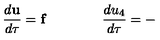
\frac { d \mathbf { u } } { d \tau } = \mathbf { f } \qquad \qquad \frac { d u _ { 4 } } { d \tau } = -